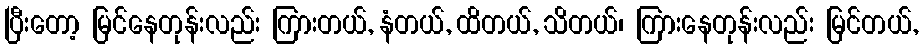
ပြီးတော့ မြင်နေတုန်းလည်း ကြားတယ်, နံတယ်, ထိတယ်, သိတယ်၊ ကြားနေတုန်းလည်း မြင်တယ်,